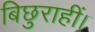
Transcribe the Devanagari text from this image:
बिछुराहीं।